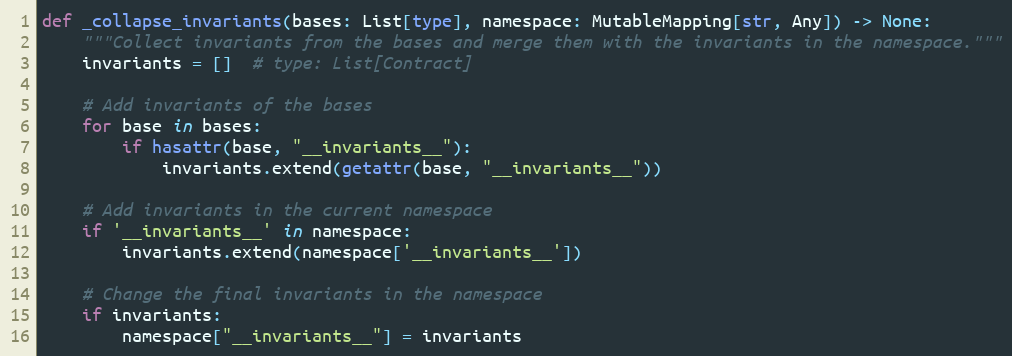
Language: Python
def _collapse_invariants(bases: List[type], namespace: MutableMapping[str, Any]) -> None:
    """Collect invariants from the bases and merge them with the invariants in the namespace."""
    invariants = []  # type: List[Contract]

    # Add invariants of the bases
    for base in bases:
        if hasattr(base, "__invariants__"):
            invariants.extend(getattr(base, "__invariants__"))

    # Add invariants in the current namespace
    if '__invariants__' in namespace:
        invariants.extend(namespace['__invariants__'])

    # Change the final invariants in the namespace
    if invariants:
        namespace["__invariants__"] = invariants